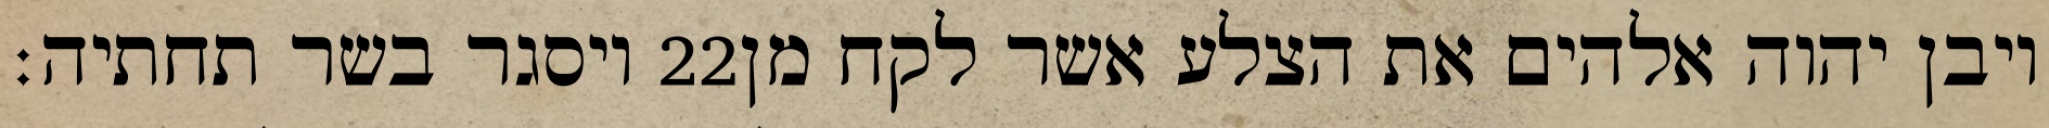
ויסגר בשר תחתיה׃ ‎22‏ ויבן יהוה אלהים את הצלע אשר לקח מן